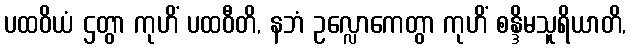
ပထဝိယံ ဌတွာ ကုဟိံ ပထဝီတိ, နဘံ ဥလ္လောကေတွာ ကုဟိံ စန္ဒိမသူရိယာတိ,